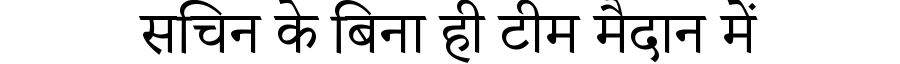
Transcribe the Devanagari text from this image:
सचिन के बिना ही टीम मैदान में